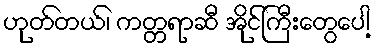
ဟုတ်တယ်၊ ကတ္တရာဆီ အိုင်ကြီးတွေပေါ့